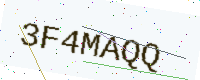
Text: 3F4MAQQ